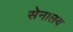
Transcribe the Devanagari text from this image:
सेनालय